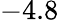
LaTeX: -4.8